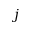
j